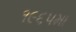
૧૯૬૫મા